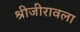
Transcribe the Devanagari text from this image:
श्रीजीरावला